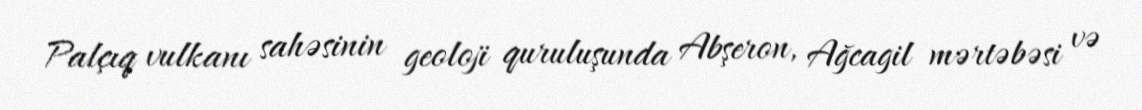
Palçıq vulkanı sahəsinin geoloji quruluşunda Abşeron, Ağcagil mərtəbəsi və